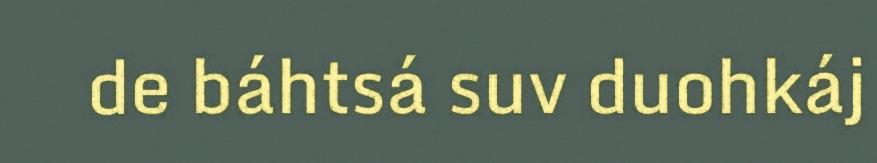
de báhtsá suv duohkáj